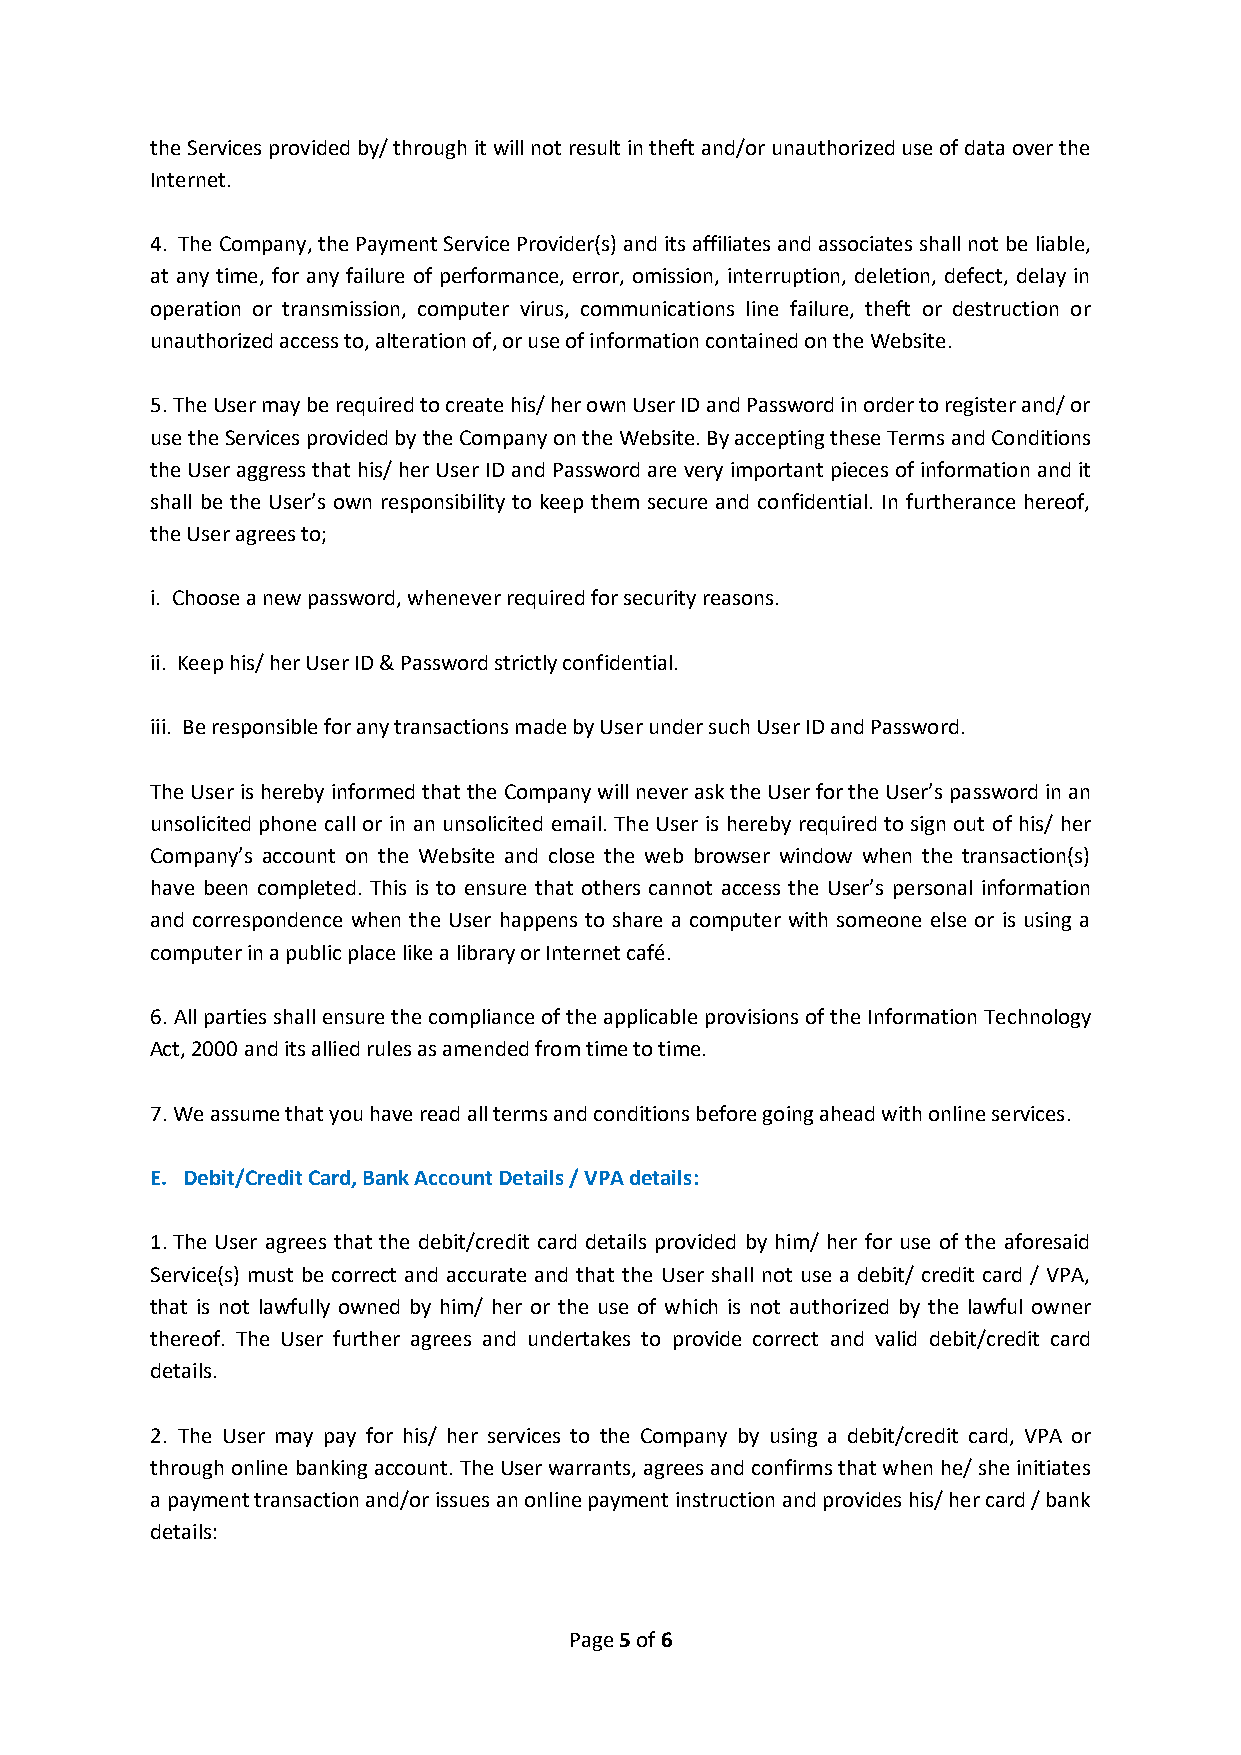
the Services provided by/ through it will not result in theft and/or unauthorized use of data over the
 Internet.
 4. The Company, the Payment Service Provider(s) and its affiliates and associates shall not be liable,
 at any time, for any failure of performance, error, omission, interruption, deletion, defect, delay in
 operation or transmission, computer virus, communications line failure, theft or destruction or
 unauthorized access to, alteration of, or use of information contained on the Website.
 5. The User may be required to create his/ her own User ID and Password in order to register and/ or
 use the Services provided by the Company on the Website. By accepting these Terms and Conditions
 the User aggress that his/ her User ID and Password are very important pieces of information and it
 shall be the User’s own responsibility to keep them secure and confidential. In furtherance hereof,
 the User agrees to;
 i. Choose a new password, whenever required for security reasons.
 ii. Keep his/ her User ID & Password strictly confidential.
 iii. Be responsible for any transactions made by User under such User ID and Password.
 The User is hereby informed that the Company will never ask the User for the User’s password in an
 unsolicited phone call or in an unsolicited email. The User is hereby required to sign out of his/ her
 Company’s account on the Website and close the web browser window when the transaction(s)
 have been completed. This is to ensure that others cannot access the User’s personal information
 and correspondence when the User happens to share a computer with someone else or is using a
 computer in a public place like a library or Internet café.
 6. All parties shall ensure the compliance of the applicable provisions of the Information Technology
 Act, 2000 and its allied rules as amended from time to time.
 7. We assume that you have read all terms and conditions before going ahead with online services.
 E. Debit/Credit Card, Bank Account Details / VPA details:
 1. The User agrees that the debit/credit card details provided by him/ her for use of the aforesaid
 Service(s) must be correct and accurate and that the User shall not use a debit/ credit card / VPA,
 that is not lawfully owned by him/ her or the use of which is not authorized by the lawful owner
 thereof. The User further agrees and undertakes to provide correct and valid debit/credit card
 details.
 2. The User may pay for his/ her services to the Company by using a debit/credit card, VPA or
 through online banking account. The User warrants, agrees and confirms that when he/ she initiates
 a payment transaction and/or issues an online payment instruction and provides his/ her card / bank
 details:
 Page 5 of 6